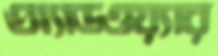
অ্যাডওয়্যার